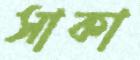
সাকা